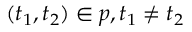
( t _ { 1 } , t _ { 2 } ) \in p , t _ { 1 } \neq t _ { 2 }